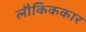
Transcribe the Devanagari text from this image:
लौकिककार